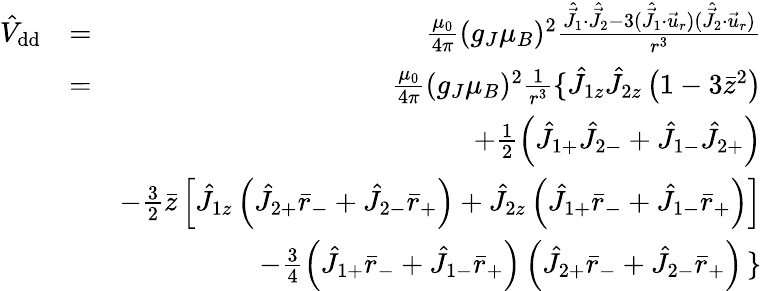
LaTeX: \begin{array}{rlr}{\hat{V}_{\mathrm{{dd}}}}&{=}&{\frac{\mu_{0}}{4\pi}(g_{J}\mu_{B})^{2}\frac{\hat{\vec{J}}_{1}\cdot\hat{\vec{J}}_{2}-3(\hat{\vec{J}}_{1}\cdot\vec{u}_{r})(\hat{\vec{J}}_{2}\cdot\vec{u}_{r})}{r^{3}}}\\ &{=}&{\frac{\mu_{0}}{4\pi}(g_{J}\mu_{B})^{2}\frac{1}{r^{3}}\left\{ \right.\hat{J}_{1z}\hat{J}_{2z}\left(1-3\bar{z}^{2}\right)}\\ &{}&{+\frac{1}{2}\left(\hat{J}_{1+}\hat{J}_{2-}+\hat{J}_{1-}\hat{J}_{2+}\right)}\\ &{}&{-\frac{3}{2}\bar{z}\left[\hat{J}_{1z}\left(\hat{J}_{2+}\bar{r}_{-}+\hat{J}_{2-}\bar{r}_{+}\right)+\hat{J}_{2z}\left(\hat{J}_{1+}\bar{r}_{-}+\hat{J}_{1-}\bar{r}_{+}\right)\right]}\\ &{}&{-\frac{3}{4}\left(\hat{J}_{1+}\bar{r}_{-}+\hat{J}_{1-}\bar{r}_{+}\right)\left(\hat{J}_{2+}\bar{r}_{-}+\hat{J}_{2-}\bar{r}_{+}\right)\left.\right\} }\end{array}